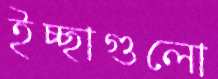
ইচ্ছাগুলো